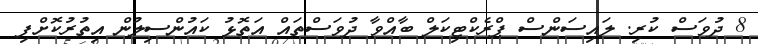
8 ދުވަސް ކުރި. ލައިސަންސް ޕްރެކްޓިކަލް ބާއްވާ ދުވަސްތައް އަތޮޅު ކައުންސިލުން އިތުރުކޮށްފި